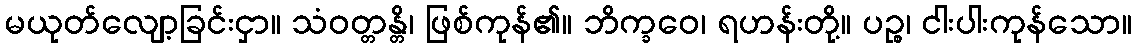
မယုတ်လျော့ခြင်းငှာ။ သံဝတ္တန္တိ၊ ဖြစ်ကုန်၏။ ဘိက္ခဝေ၊ ရဟန်းတို့။ ပဉ္စ၊ ငါးပါးကုန်သော။